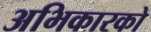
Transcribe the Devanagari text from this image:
अभिकारको